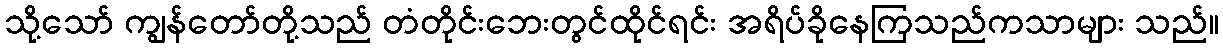
သို့သော် ကျွန်တော်တို့သည် တံတိုင်းဘေးတွင်ထိုင်ရင်း အရိပ်ခိုနေကြသည်ကသာများ သည်။